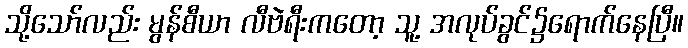
သို့သော်လည်း မွန်စီယာ လီဗဲရီးကတော့ သူ့ အလုပ်ခွင်၌ရောက်နေပြီ။